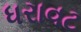
ધરાવટ